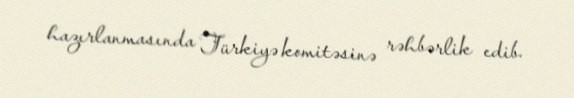
hazırlanmasında Türkiyə komitəsinə rəhbərlik edib.